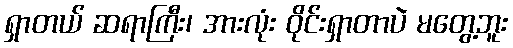
ရှာတယ် ဆရာကြီး၊ အားလုံး ဝိုင်းရှာတာပဲ မတွေ့ဘူး